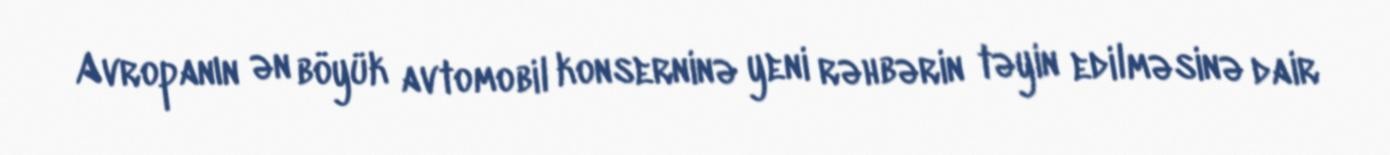
Avropanın ən böyük avtomobil konserninə yeni rəhbərin təyin edilməsinə dair